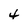
Character: 4